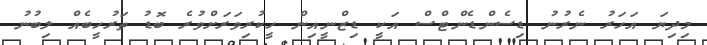
މިދިޔަ އަހަރު ނެރުނު ޑިސެންޑެންޓްސް އަކީ ޑިޒްނީއިން ހީކުރިވަރަށްވުރެ ބޮޑު ތަރުހީބެއް ލިބުނު